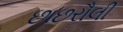
છાછરૌલી